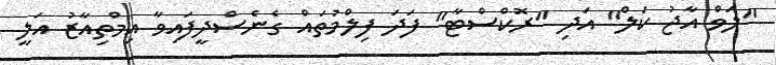
"ލަވް އާޖު ކަލް" އަދި "ރޮކްސްޓާ" ފަދަ ފިލްމުތައް ގެނެސްދީފައިވާ އިމްތިއާޒު އަލީ